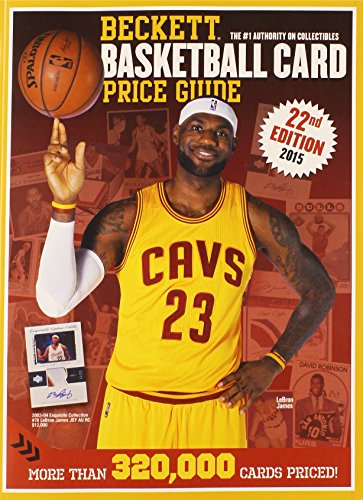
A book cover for Beckett Basketball Card Price Guide; Crafts, Hobbies & Home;